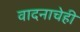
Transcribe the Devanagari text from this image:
वादनाचेही